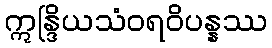
ဣန္ဒြိယသံဝရဝိပန္နဿ